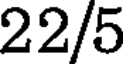
22/5